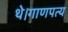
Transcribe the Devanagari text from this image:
थे।गाणपत्य